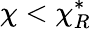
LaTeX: \chi<\chi_{R}^{*}